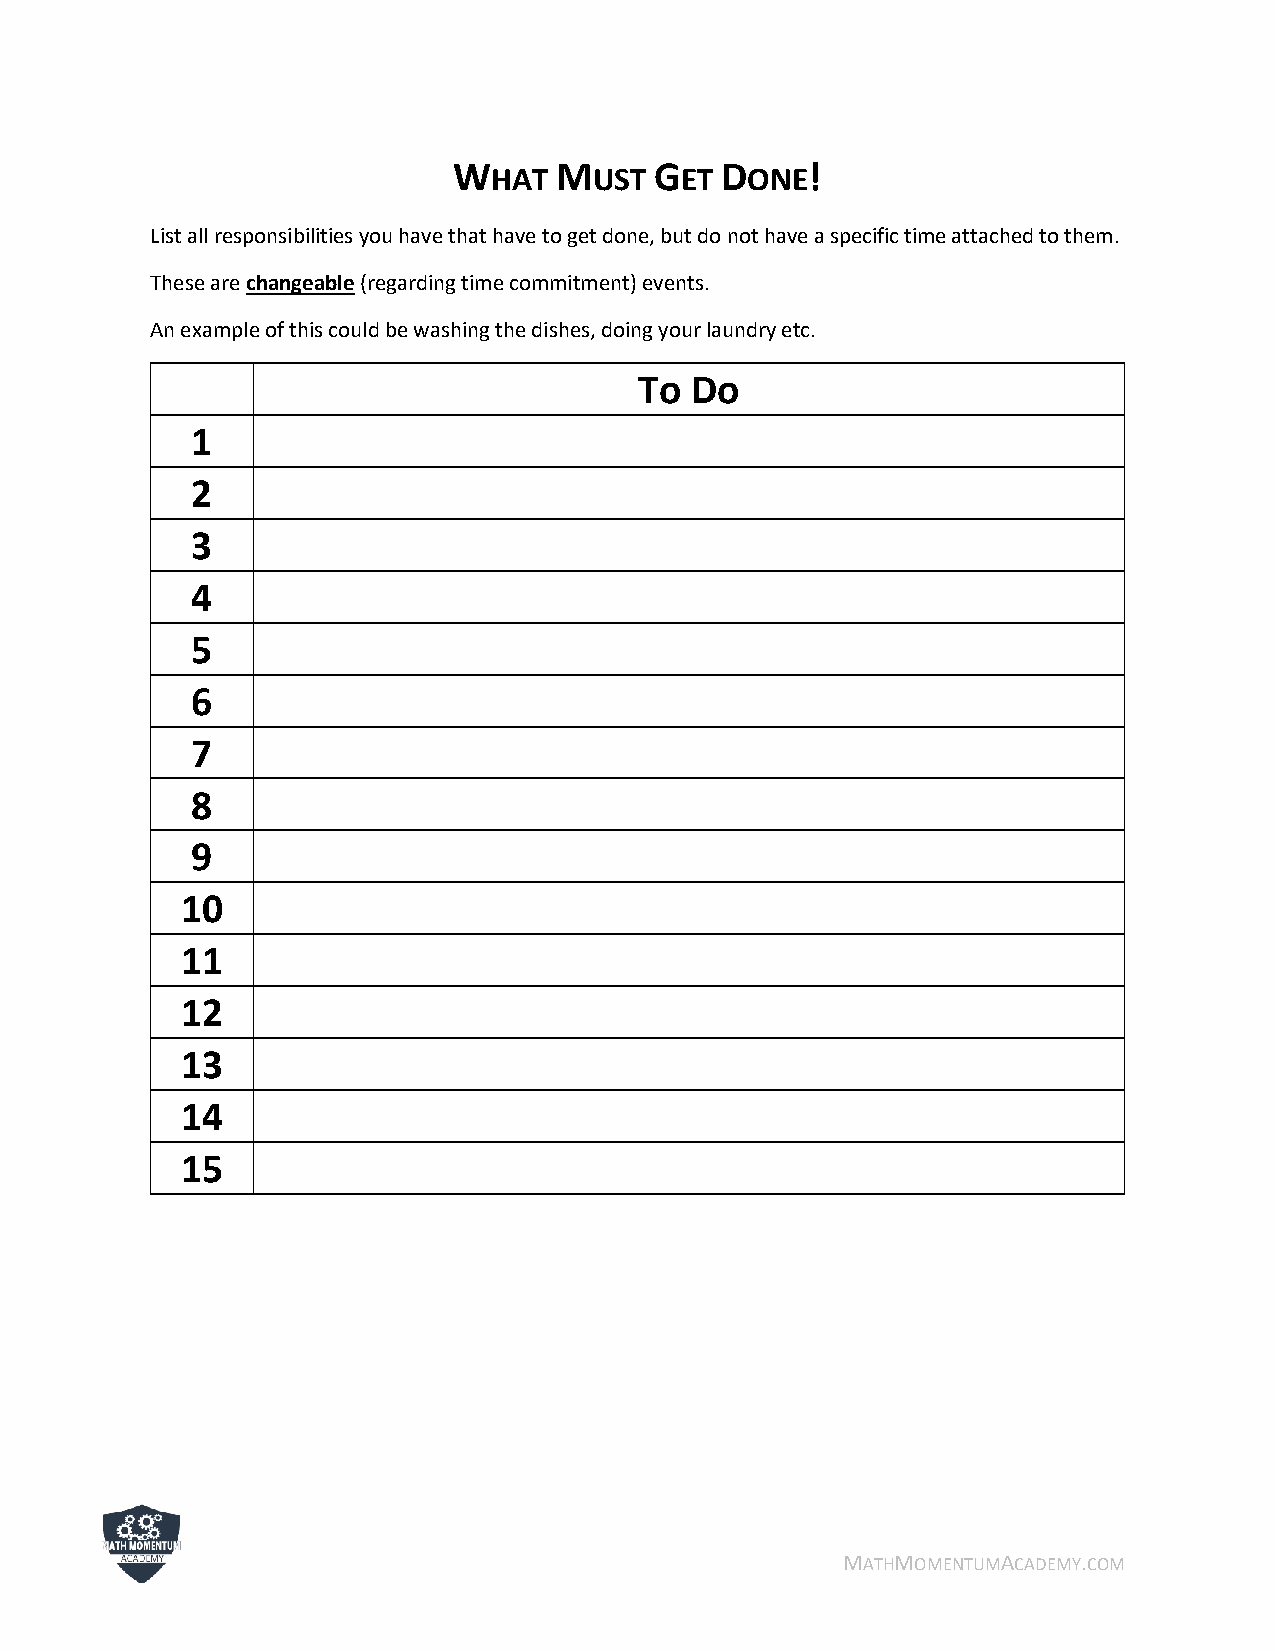
W      M     G    D     !
 HAT   UST   ET  ONE
 List all responsibilities you have that have to get done, but do not have a specific time attached to them.
 These are changeable (regarding time commitment) events.
 An example of this could be washing the dishes, doing your laundry etc.
 To  Do
 1
 2
 3
 4
 5
 6
 7
 8
 9
 10
 11
 12
 13
 14
 15
 MATHMOMENTUMACADEMY.COM